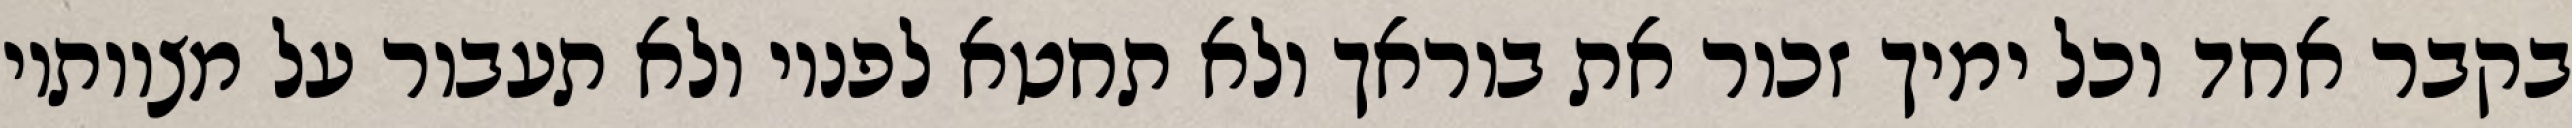
בקבר אחד וכל ימיך זכור את בוראך ולא תחטא לפניו ולא תעבור על מצוותיו